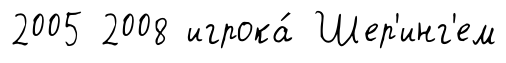
2005 2008 игрока́ Шер'инг'ем